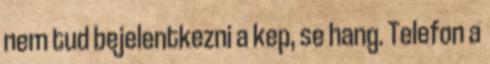
nem tud bejelentkezni a kep, se hang. Telefon a